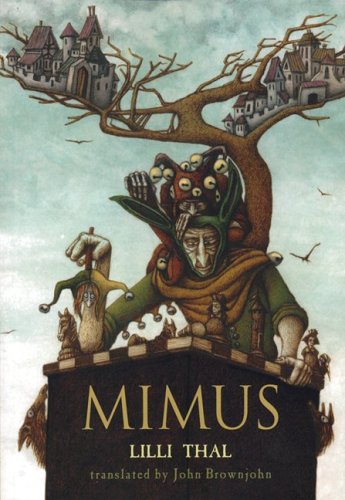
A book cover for Mimus; Lilli Thal; Teen & Young Adult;